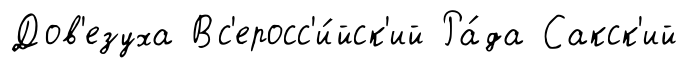
Дов'езуха Вс'еросс'и́йск'ий Ра́да Сакск'ий